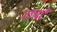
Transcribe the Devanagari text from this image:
लपटे